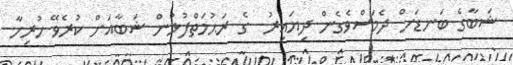
ޝަބާގެ ބަނޑަށް ދެމަސްވެގެން ދިޔައިރު  ގެ ރަޙުމަތްފުޅުން ޝަބާއަށް ކުރެވޭ ހުރިހާ